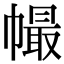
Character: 𢄸